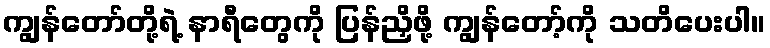
ကျွန်တော်တို့ရဲ့ နာရီတွေကို ပြန်ညှိဖို့ ကျွန်တော့်ကို သတိပေးပါ။